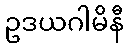
ဥဒယဂါမိနီ